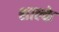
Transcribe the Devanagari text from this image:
शाल्के